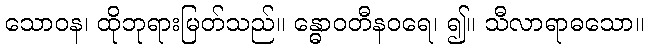
သောဝန၊ ထိုဘုရားမြတ်သည်။ န္ဓောဝတီနဝရေ၊ ၍။ သီလာရာဓသော။